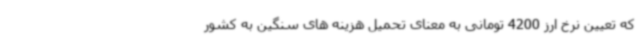
که تعیین نرخ ارز 4200 تومانی به معنای تحمیل هزینه های سنگین به کشور